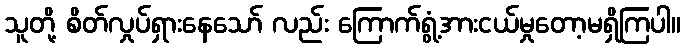
သူတို့ စိတ်လှုပ်ရှားနေသော် လည်း ကြောက်ရွံ့အားငယ်မှုတော့မရှိကြပါ။